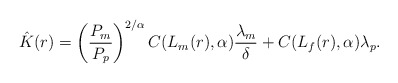
\begin{align*}\hat{K}(r)=\left(\frac{P_m}{P_p}\right)^{2/\alpha}C(L_m(r),\alpha)\frac{\lambda_m}{\delta} +C(L_f(r),\alpha)\lambda_p.\end{align*}